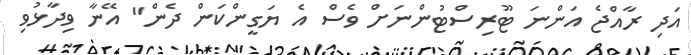
އަދި ރާއްޖެ އަންނަ ޓޫރިސްޓުންނަށް ވެސް އެ ޔަގީންކަން ދެން" އޭނާ ވިދާޅުވި